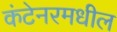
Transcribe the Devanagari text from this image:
कंटेनरमधील